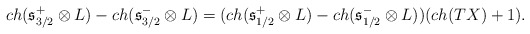
\begin{align*}ch(\mathfrak{s}^+_{3/2}\otimes L) - ch(\mathfrak{s}^-_{3/2}\otimes L) = (ch(\mathfrak{s}^{+}_{1/2}\otimes L)-ch(\mathfrak{s}^{-}_{1/2}\otimes L))(ch(TX) + 1).\end{align*}